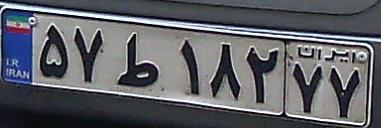
۵۷ط۱۸۲۷۷